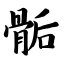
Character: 骺